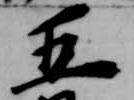
五